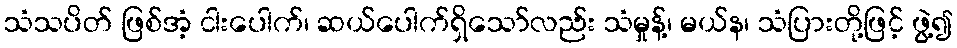
သံသပိတ် ဖြစ်အံ့ ငါးပေါက်၊ ဆယ်ပေါက်ရှိသော်လည်း သံမှုန့်၊ မယ်န၊ သံပြားတို့ဖြင့် ဖွဲ့၍